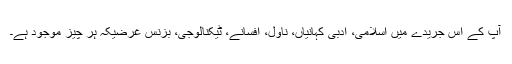
آپ کے اس جریدے میں اسلامی، ادبی کہانیاں، ناول، افسانے، ٹیکنالوجی، بزنس غرضیکہ ہر چیز موجود ہے۔